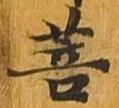
菩